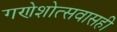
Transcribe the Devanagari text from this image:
गणेशोत्सवासही